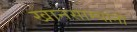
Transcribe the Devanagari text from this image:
खानसाम्यांनी